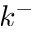
k ^ { - }